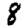
Digit: 8